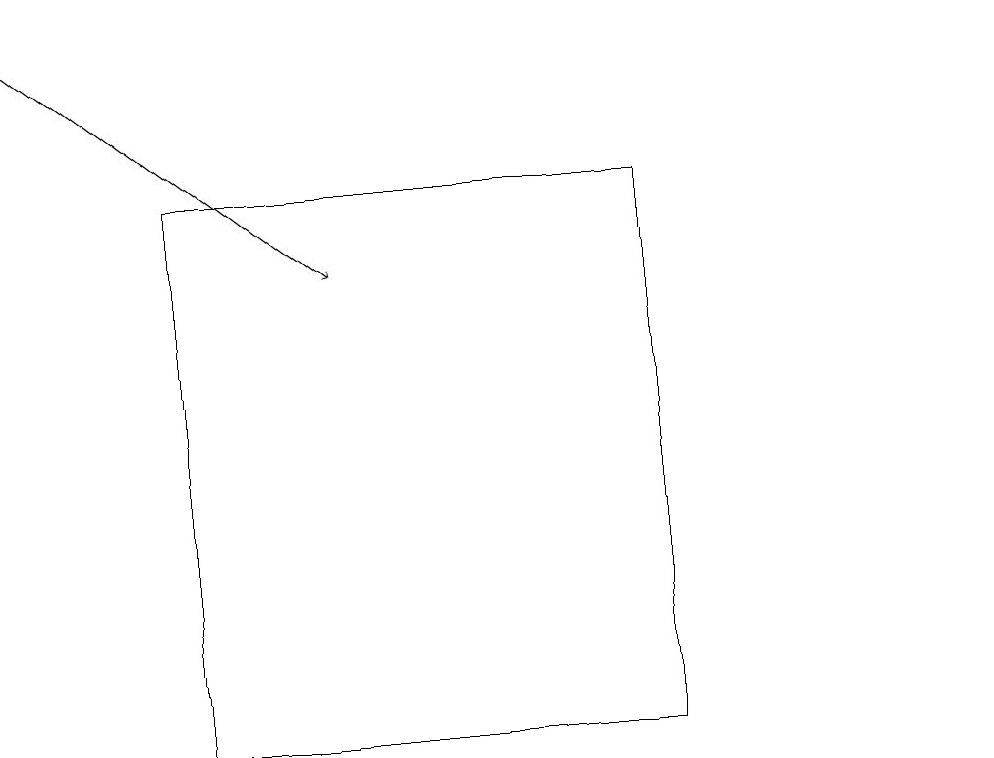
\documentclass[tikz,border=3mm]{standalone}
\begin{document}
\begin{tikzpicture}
\draw (12,10) circle (0);
\draw (2,17) rectangle (8,10);
\draw[->] (0,19) -- (4,16);
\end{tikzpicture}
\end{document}